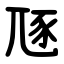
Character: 豗